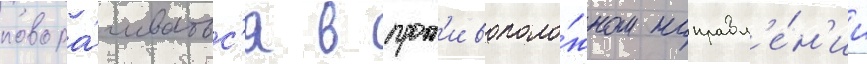
повора́чиватьс'я в прот'ивополо́жном направл'е́н'ии